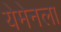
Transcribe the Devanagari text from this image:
येमेनला